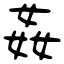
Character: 姦